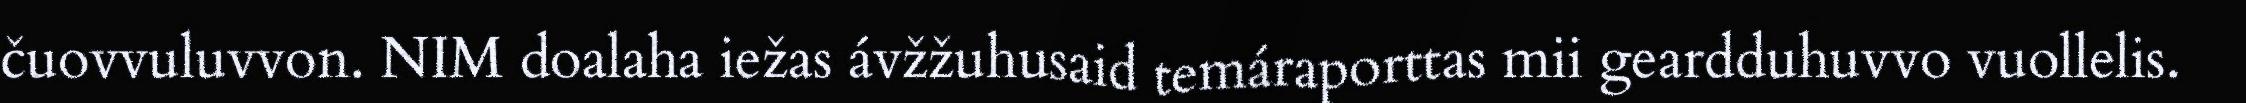
čuovvuluvvon. NIM doalaha iežas ávžžuhusaid temáraporttas mii geardduhuvvo vuollelis.